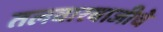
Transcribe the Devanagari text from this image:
तलवारबाजीचे